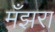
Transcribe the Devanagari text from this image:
मँझरा